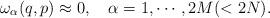
LaTeX: \begin{align*} \omega _\alpha (q,p) \approx 0, \quad \alpha =1,\cdots ,2M(<2N).\end{align*}